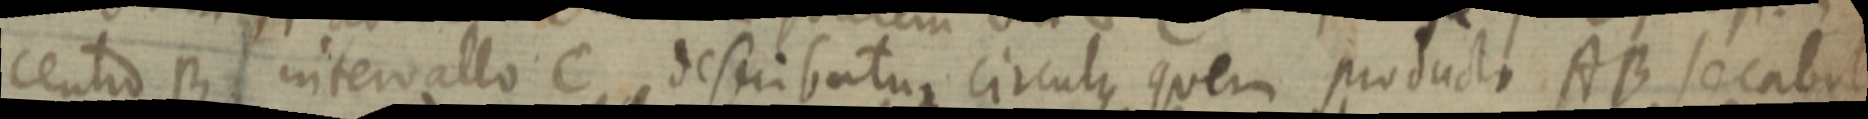
centro B intervallo C describatur circulus quem producto AB secabit